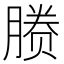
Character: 𬂉